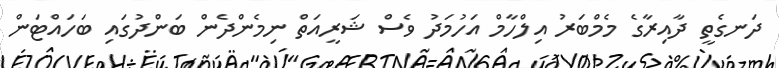
ދަނގެތީ ދާއިރާގެ މެމްބަރު އިލްހާމް އަހުމަދު ވެސް ޝަރީއަތް ނިމެންދެން ބަންދުގައި ބަހައްޓަން